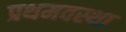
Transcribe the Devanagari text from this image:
प्रथमवस्था